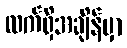
လက်ရှိအချိန်မှာ